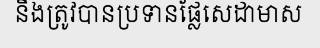
នឹងត្រូវបានប្រទានផ្លែសេដាមាស